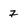
Character: 7